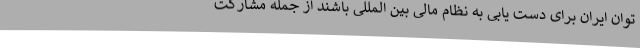
توان ایران برای دست یابی به نظام مالی بین المللی باشند از جمله مشارکت